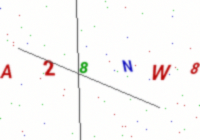
Text: A28NW8V